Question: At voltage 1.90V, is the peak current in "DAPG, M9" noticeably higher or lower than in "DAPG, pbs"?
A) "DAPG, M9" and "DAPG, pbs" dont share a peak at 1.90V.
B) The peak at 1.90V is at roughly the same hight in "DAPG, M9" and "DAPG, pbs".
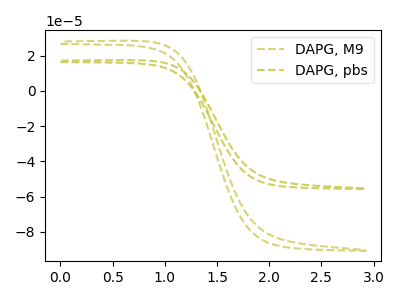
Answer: <think>The olive dashed curve "DAPG, M9" has no peaks. The olive dashed curve "DAPG, pbs" has no peaks.</think>
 <answer>A) "DAPG, M9" and "DAPG, pbs" dont share a peak at 1.90V.</answer>
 <eval>A</eval>